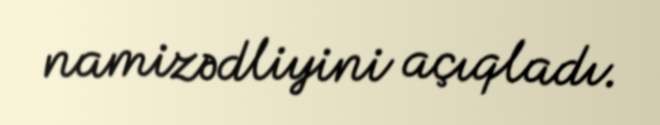
namizədliyini açıqladı.